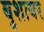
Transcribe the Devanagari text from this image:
बुशायर